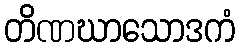
တိဏဃာသောဒကံ